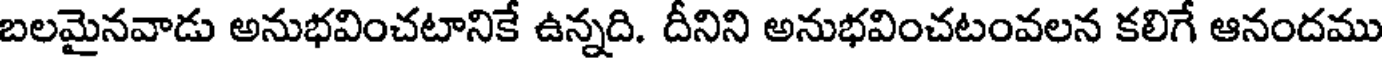
బలమైనవాడు అనుభవించటానికే ఉన్నది. దీనిని అనుభవించటంవలన కలిగే ఆనందము